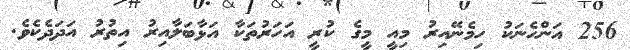
256 އަންހެނަކު ހިމެނޭއިރު މިއީ މީގެ ކުރީ އަހަރުތަކާ އަޅާބަލާއިރު އިތުރު އަދަދެކެވެ.